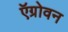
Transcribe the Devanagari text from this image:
ऍग्रोवन